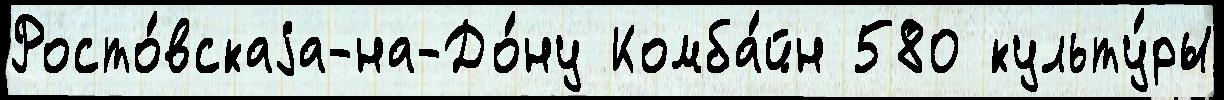
Росто́вскаjа-на-До́ну Комба́йн 580 культу́ры